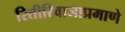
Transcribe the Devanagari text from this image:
रितीरिवाजाप्रमाणे